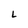
Character: L